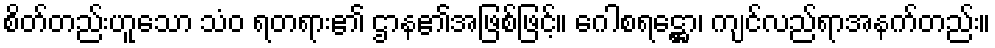
စိတ်တည်းဟူသော သံဝ ရတရား၏ ဌာန၏အဖြစ်ဖြင့်။ ဂေါစရဋ္ဌော၊ ကျင်လည်ရာအနက်တည်း။